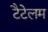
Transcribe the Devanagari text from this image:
टैटेलम